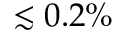
\lesssim 0 . 2 \%